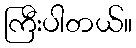
ကြီးပါတယ်။